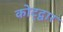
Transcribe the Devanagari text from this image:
कोट्द्वार